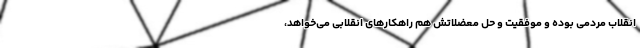
انقلاب مردمی بوده و موفقیت و حل معضلاتش هم راهکارهای انقلابی می‌خواهد،